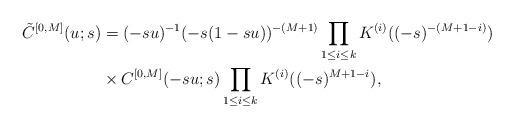
LaTeX: \begin{align*}\tilde{C}^{[0, M]}(u; s)&=(-su)^{-1}(-s(1-su))^{-(M+1)} \prod_{1\le i \le k}K^{(i)}((-s)^{-(M+1-i)}) \\ &\times C^{[0, M]}(-su; s)\prod_{1\le i \le k}K^{(i)}((-s)^{M+1-i}), \end{align*}